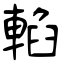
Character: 輡